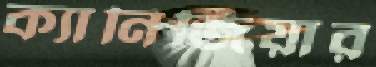
ক্যানিজিয়ার